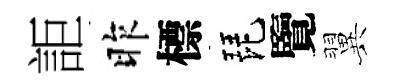
詎昨標琵覽翼